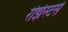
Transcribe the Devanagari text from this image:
रेझिस्टर्स